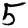
Digit: 5